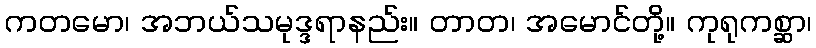
ကတမော၊ အဘယ်သမုဒ္ဒရာနည်း။ တာတ၊ အမောင်တို့။ ကုရုကစ္ဆာ၊